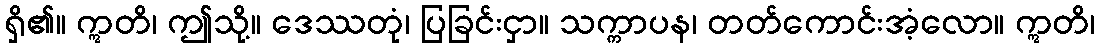
ရှိ၏။ ဣတိ၊ ဤသို့။ ဒေဿတုံ၊ ပြခြင်းငှာ။ သက္ကာပန၊ တတ်ကောင်းအံ့လော။ ဣတိ၊